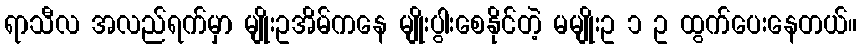
ရာသီလ အလည်ရက်မှာ မျိုးဥအိမ်ကနေ မျိုးပွါးစေနိုင်တဲ့ မမျိုးဥ ၁ ဥ ထွက်ပေးနေတယ်။